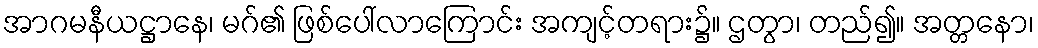
အာဂမနီယဋ္ဌာနေ၊ မဂ်၏ ဖြစ်ပေါ်လာကြောင်း အကျင့်တရား၌။ ဌတွာ၊ တည်၍။ အတ္တနော၊